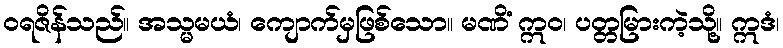
ဝရဇိန်သည်။ အသ္မမယံ၊ ကျောက်မှဖြစ်သော။ မဏိံ ဣဝ၊ ပတ္တမြားကဲ့သို့။ ဣဒံ၊